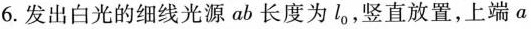
6.发出白光的细线光源ab长度为l_{0}，竖直放置，上端a